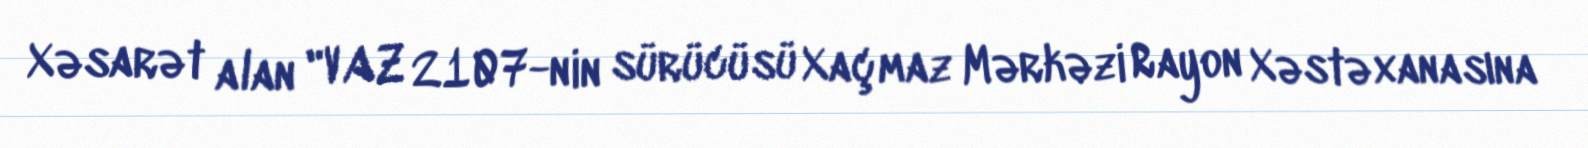
Xəsarət alan "VAZ 2107-nin sürücüsü Xaçmaz Mərkəzi Rayon Xəstəxanasına